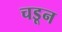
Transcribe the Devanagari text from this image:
चडून